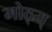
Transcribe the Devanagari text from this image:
मोठ्य्